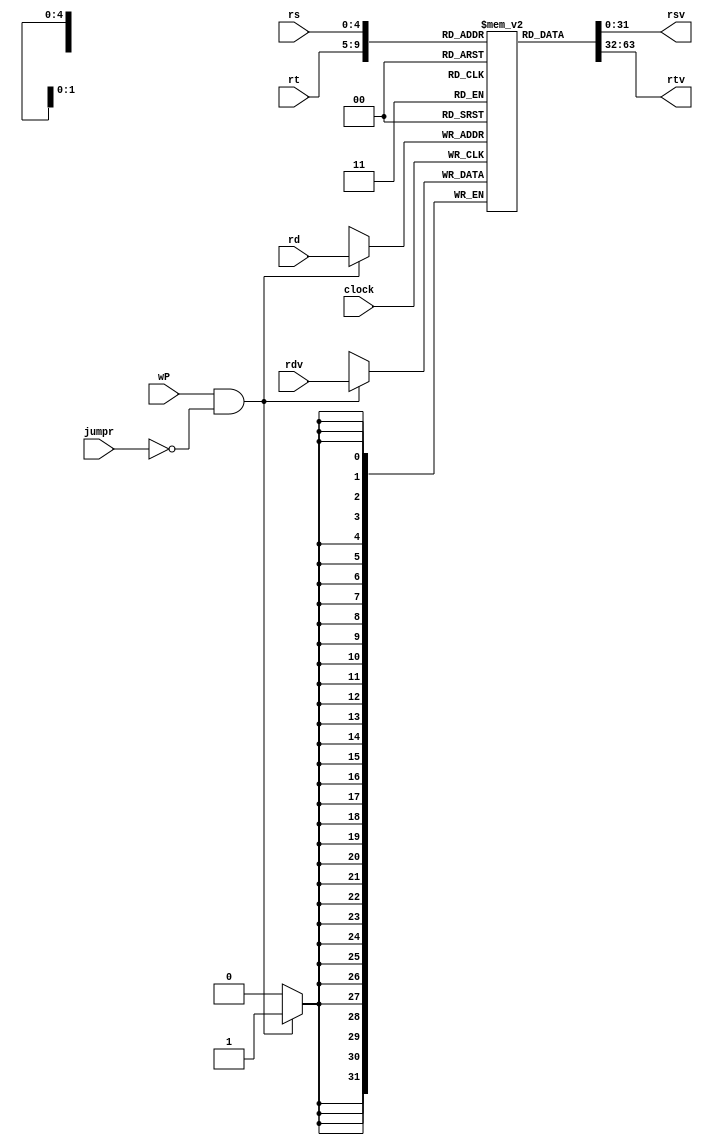
module Reg(input clock, wP, jumpr,
				input [4:0] rs, rt, rd,
				input [31:0] rdv,
				output [31:0] rsv, rtv);

	reg [31:0] regMem [0:31];
	assign rtv = regMem[rt];
	assign rsv = regMem[rs];
	always @(posedge clock)
	begin
		if(wP==1 && jumpr ==0)
			regMem[rd] = rdv;
	end
endmodule